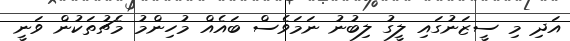
އަދި މި ސީޒަނުގައި ލީގު ލިބުނު ނަމަވެސް ބައެއް މުހިންމު މެޗުތަކުން ވަނީ